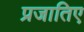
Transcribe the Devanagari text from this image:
प्रजातिए